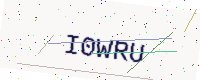
Text: I0WRU